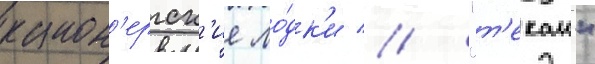
канон'ерск'ие ло́дк'и // "т'екаи"